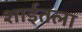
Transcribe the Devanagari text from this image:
शाईतला